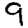
Digit: 9